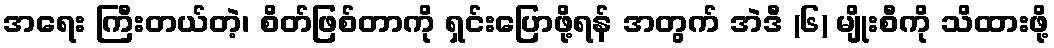
အရေး ကြီးတယ်တဲ့၊ စိတ်ဖြစ်တာကို ရှင်းပြောဖို့ရန် အတွက် အဲဒီ (၆) မျိုးစီကို သိထားဖို့